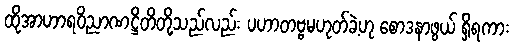
ထိုအာဟာရဝိညာဏဋ္ဌိတိတို့သည်လည်း ပဟာတဗ္ဗမဟုတ်ခဲ့ဟု စောဒနာဖွယ် ရှိရကား